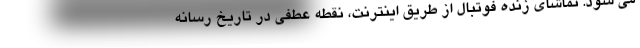
می شود. تماشای زنده فوتبال از طریق اینترنت، نقطه عطفی در تاریخ رسانه